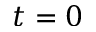
t = 0